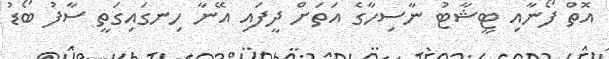
އޮތް ފޯނާއި ޓީޝާޓު ނާސިހާގެ އަތަށް ދީފައި އޭނާ ހިނގައިގަތީ ސާފު ބޯޑު